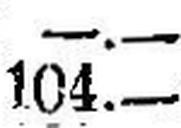
104.—